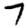
Digit: 7